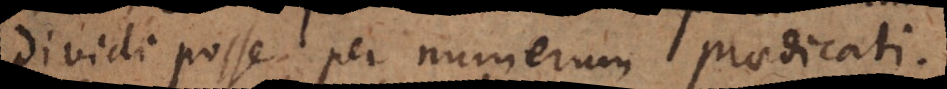
dividi posse per numerum praedicati.